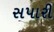
સપારી